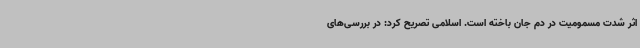
اثر شدت مسمومیت در دم جان باخته است. اسلامی تصریح کرد: در بررسی‌های